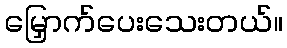
မြှောက်ပေးသေးတယ်။